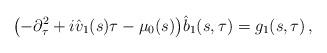
LaTeX: \begin{align*} \bigl(- \partial_\tau^2 + i \hat v_1 (s) \tau -\mu_0(s) \bigr) \hat b_1(s,\tau) = g_1(s,\tau)\,,\end{align*}